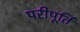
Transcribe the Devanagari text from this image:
परीपूर्ति